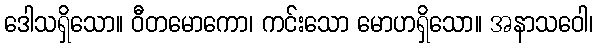
ဒေါသရှိသော။ ဝီတမောကော၊ ကင်းသော မောဟရှိသော။ အနာသဝေါ၊